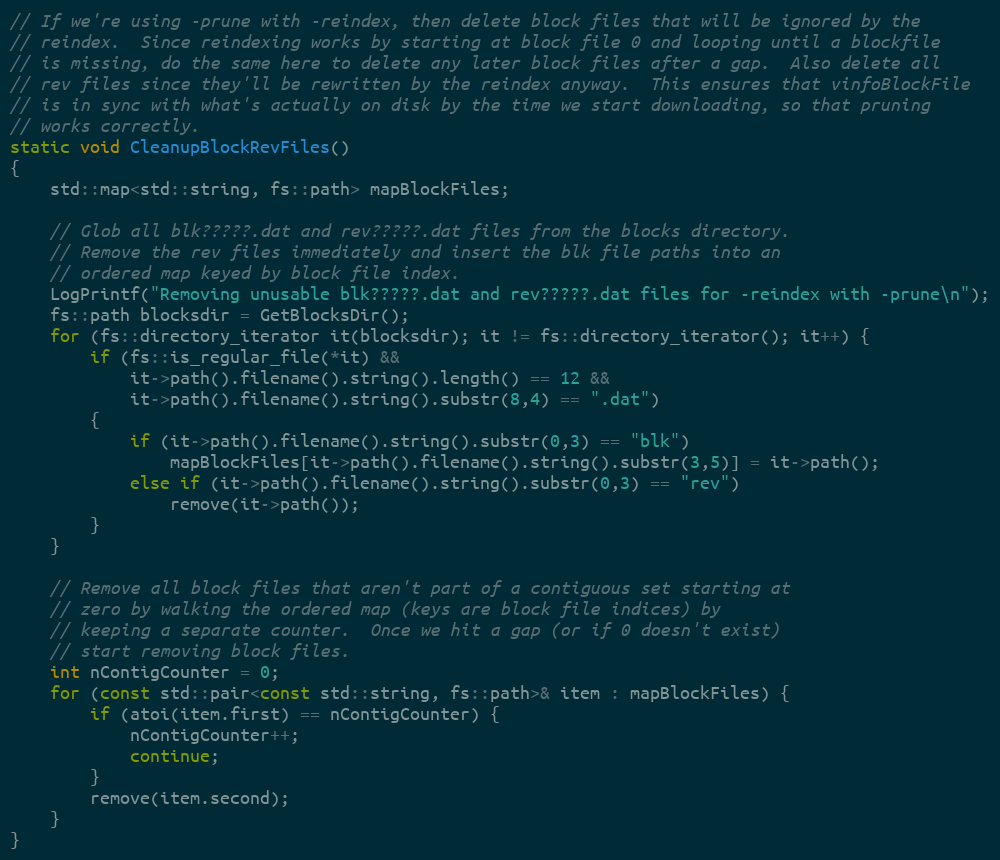
Language: C++
// If we're using -prune with -reindex, then delete block files that will be ignored by the
// reindex.  Since reindexing works by starting at block file 0 and looping until a blockfile
// is missing, do the same here to delete any later block files after a gap.  Also delete all
// rev files since they'll be rewritten by the reindex anyway.  This ensures that vinfoBlockFile
// is in sync with what's actually on disk by the time we start downloading, so that pruning
// works correctly.
static void CleanupBlockRevFiles()
{
    std::map<std::string, fs::path> mapBlockFiles;

    // Glob all blk?????.dat and rev?????.dat files from the blocks directory.
    // Remove the rev files immediately and insert the blk file paths into an
    // ordered map keyed by block file index.
    LogPrintf("Removing unusable blk?????.dat and rev?????.dat files for -reindex with -prune\n");
    fs::path blocksdir = GetBlocksDir();
    for (fs::directory_iterator it(blocksdir); it != fs::directory_iterator(); it++) {
        if (fs::is_regular_file(*it) &&
            it->path().filename().string().length() == 12 &&
            it->path().filename().string().substr(8,4) == ".dat")
        {
            if (it->path().filename().string().substr(0,3) == "blk")
                mapBlockFiles[it->path().filename().string().substr(3,5)] = it->path();
            else if (it->path().filename().string().substr(0,3) == "rev")
                remove(it->path());
        }
    }

    // Remove all block files that aren't part of a contiguous set starting at
    // zero by walking the ordered map (keys are block file indices) by
    // keeping a separate counter.  Once we hit a gap (or if 0 doesn't exist)
    // start removing block files.
    int nContigCounter = 0;
    for (const std::pair<const std::string, fs::path>& item : mapBlockFiles) {
        if (atoi(item.first) == nContigCounter) {
            nContigCounter++;
            continue;
        }
        remove(item.second);
    }
}